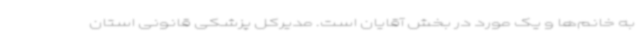
به خانم‌ها و یک مورد در بخش آقایان است. مدیرکل پزشکی قانونی استان